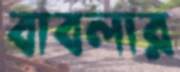
বাবলার